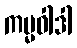
ကမ္မဝါဒါ